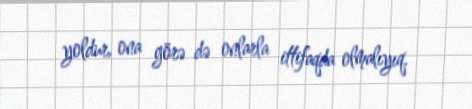
yoldur, ona görə də onlarla ittifaqda olmalıyıq.